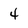
Character: 4